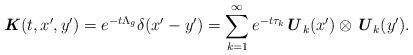
LaTeX: \begin{align*} \textbf{\textit{K}}(t,x^{\prime},y^{\prime}) = e^{-t\Lambda_g} \delta(x^{\prime} - y^{\prime}) = \sum_{k=1}^{\infty} e^{-t\tau_k} \textbf{\textit{U}}_k(x^{\prime}) \otimes \textbf{\textit{U}}_k(y^{\prime}).\end{align*}